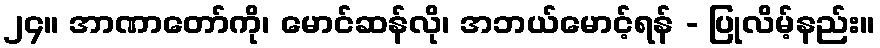
၂၄။ အာဏာတော်ကို၊ မောင်ဆန်လို၊ အဘယ်မောင့်ရန် - ပြုလိမ့်နည်း။